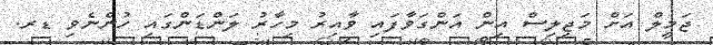
ޖަމީލް އަށް މަޖިލިސް އިން އަންގަވާފައި ވާއިރު މިހާރު ލަންޑަންގައި ހުންނެވި ޑރ.